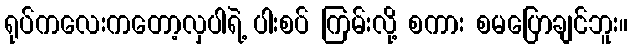
ရုပ်ကလေးကတော့လှပါရဲ့ ပါးစပ် ကြမ်းလို့ စကား စမပြောချင်ဘူး။